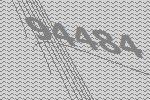
94484